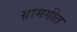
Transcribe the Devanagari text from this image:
ग्रामगीत